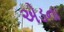
એડના